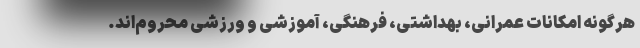
هرگونه امکانات عمرانی، بهداشتی، فرهنگی، آموزشی و ورزشی محروم‌اند.